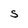
Character: S